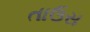
તાઉસ